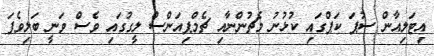
އިޓަލިއާން ސުޕަ ކަޕްގައި ކުޅުނު މެޗުންނާއި ޗެމްޕިއަންސް ލީގުގައި ވެސް ވަނީ ބަލިވެފަ